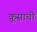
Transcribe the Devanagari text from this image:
क्रूसाची